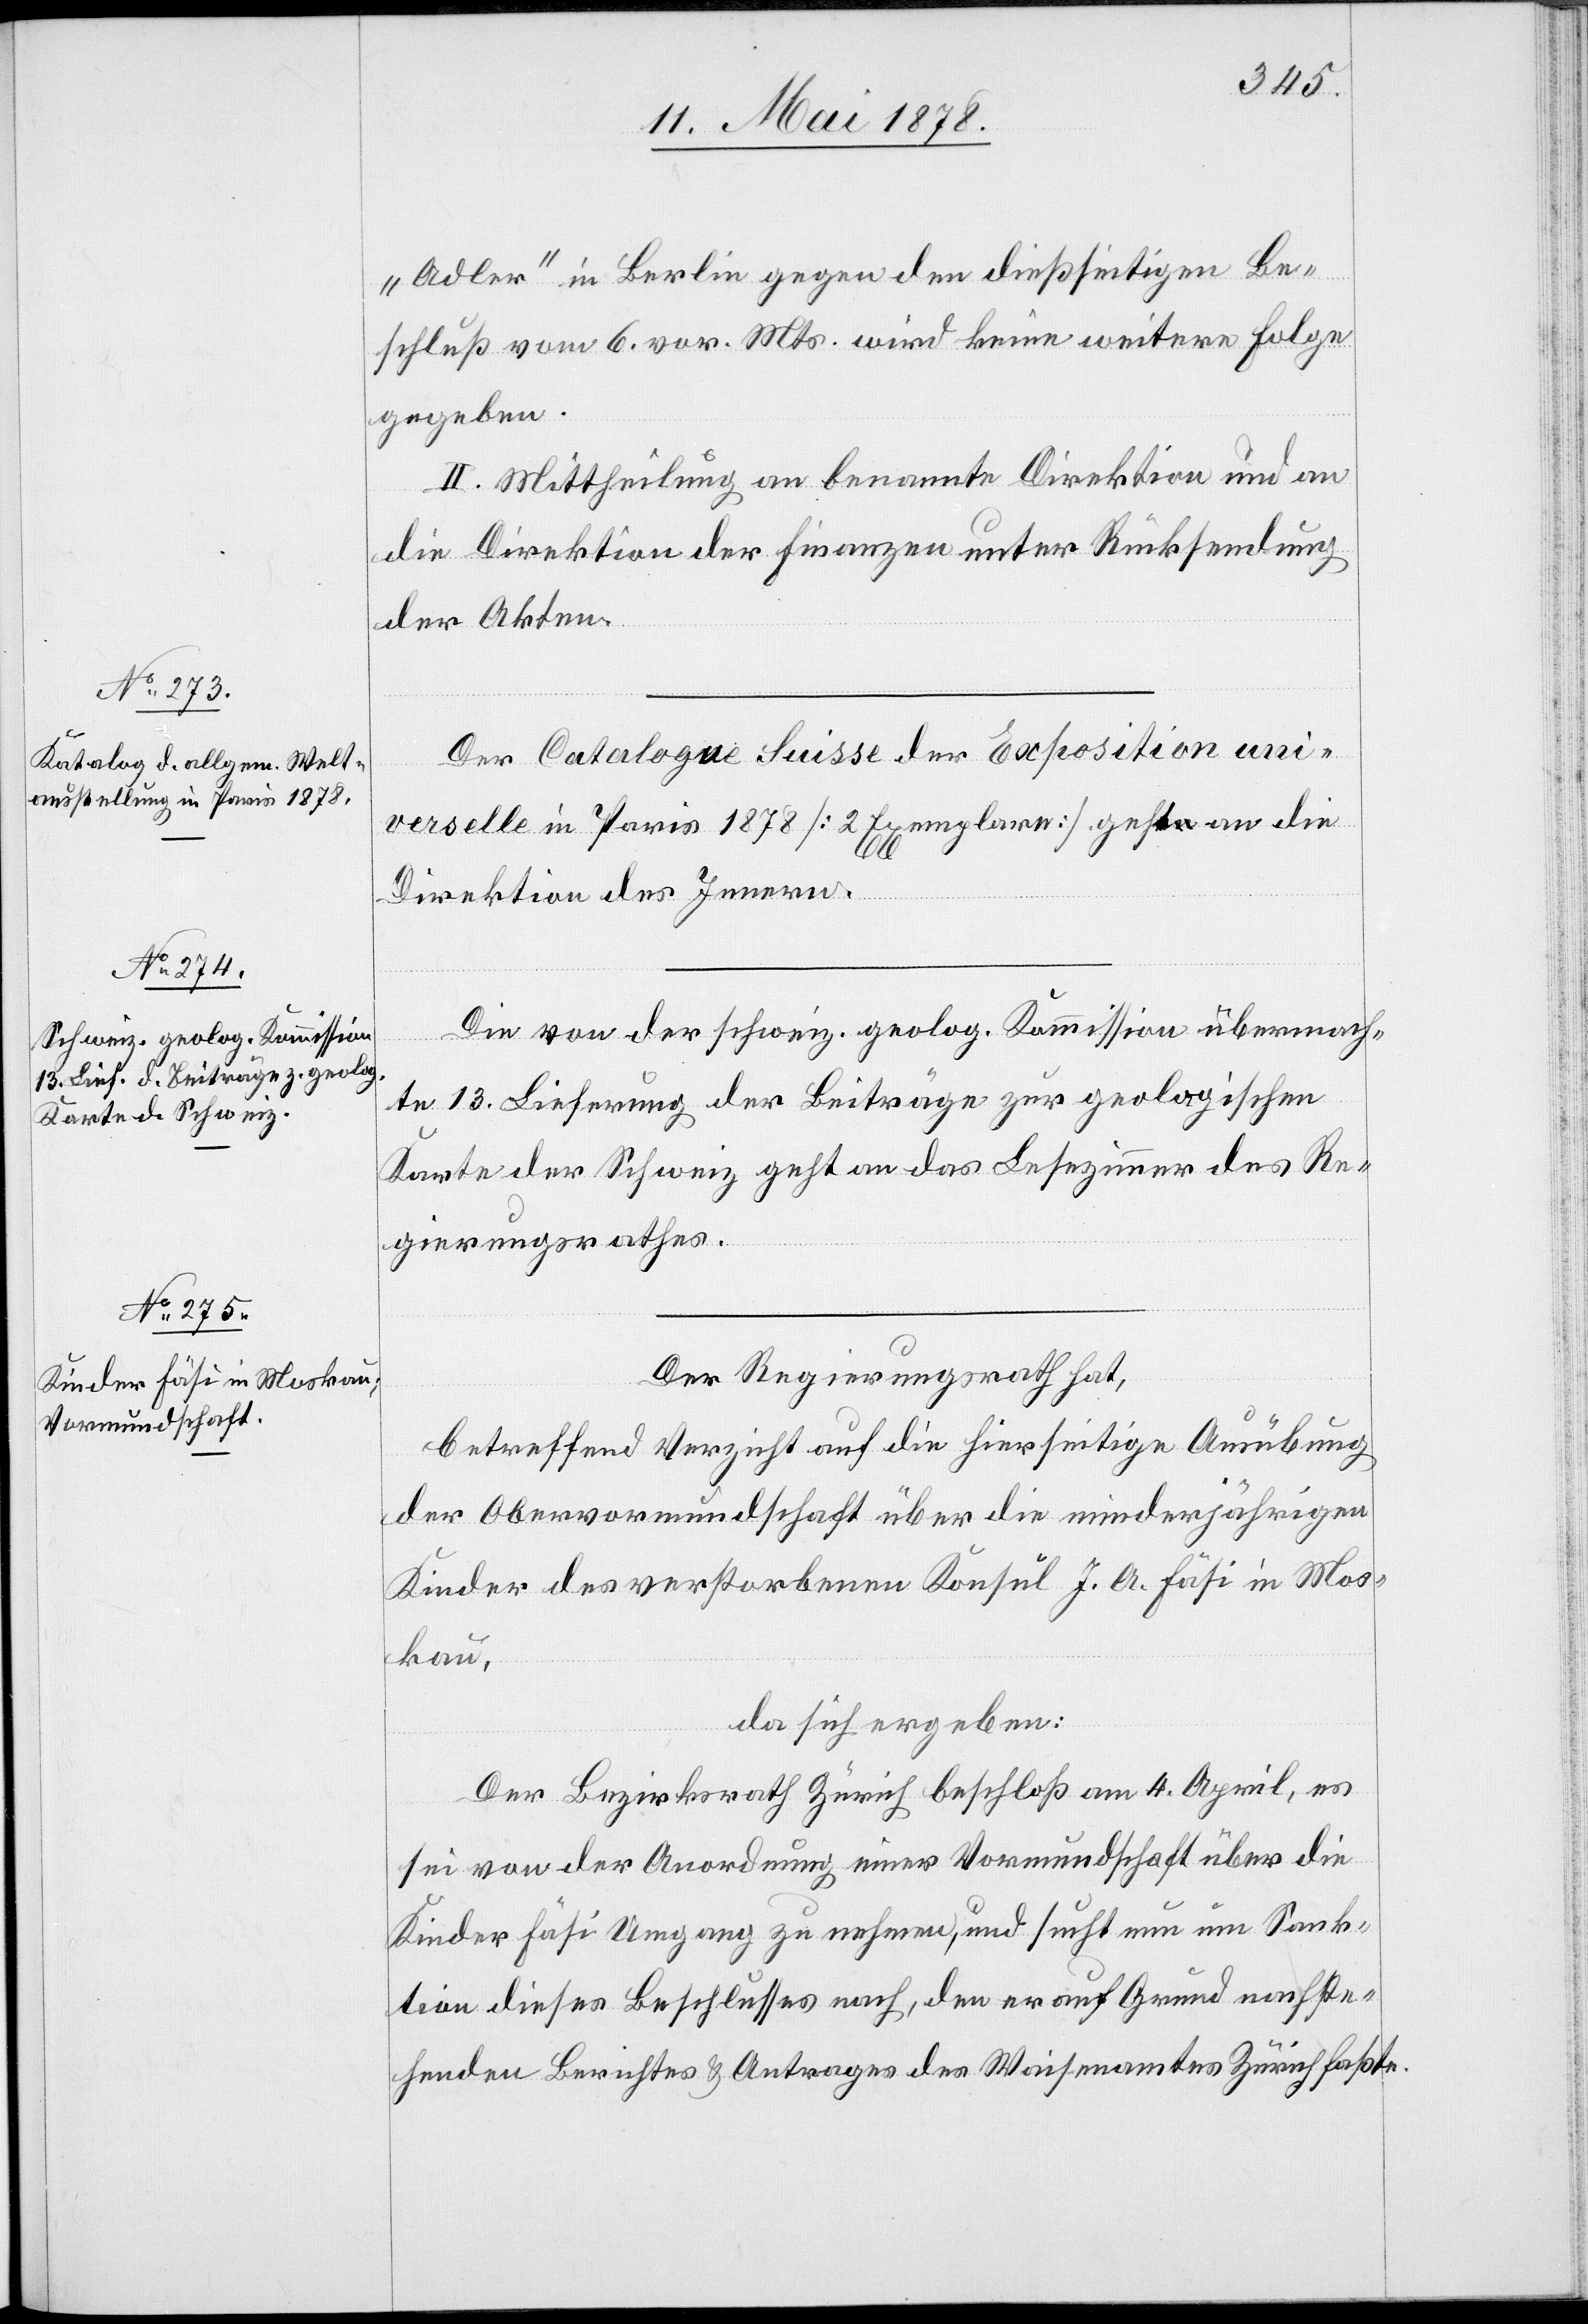
„Adler“ in Berlin gegen den dießseitigen Be¬
schluß vom 6. vor. Mts. wird keine weitere Folge
gegeben.
II. Mittheilung an benannte Direktion und an
die Direktion der Finanzen unter Rücksendung
der Akten.
Der Catalogue Suisse der Expostition uni¬
verselle in Paris 1878 [2 Exemplare] geht an die
Direktion des Innern.
Die von der schweiz. geolog. Kommission übermach¬
te 13. Lieferung der Beiträge zur geologischen
Karte der Schweiz geht an das Lesezimmer des Re¬
gierungsrathes.
Der Regierungsrath hat,
betreffend Verzicht auf die hierseitige Ausübung
der Obervormundschaft über die minderjährigen
Kinder des verstorbenen Konsul J. A. Fäsi in Mos¬
kau,
da sich ergeben:
Der Bezirksrath Zürich beschloß am 4. April, es
sei von der Anordnung einer Vormundschaft über die
Kinder Fäsi Umgang zu nehmen, und sucht nun um Sank¬
tion dieses Beschlusses nach, den er auf Grund nachste¬
henden Berichtes & Antrages des Waisenamtes Zürich faßte.